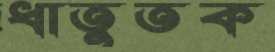
ধাতুতক